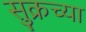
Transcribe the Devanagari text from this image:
सुक्रच्या